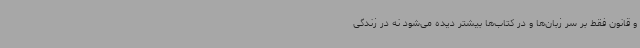
و قانون فقط بر سر زبان‌ها و در کتاب‌ها بیشتر دیده می‌شود نه در زندگی